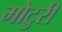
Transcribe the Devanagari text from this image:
मोटुरी